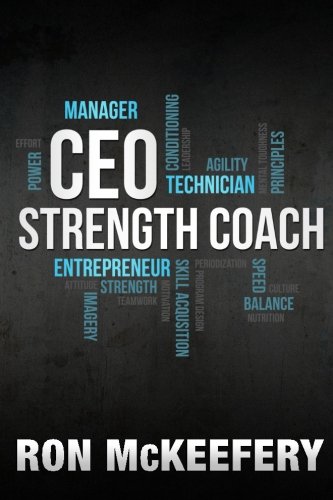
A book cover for CEO Strength Coach; Ron McKeefery; Sports & Outdoors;